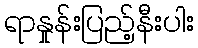
ရာနှုန်းပြည့်နီးပါး